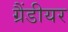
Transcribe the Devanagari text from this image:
ग्रैंडीयर